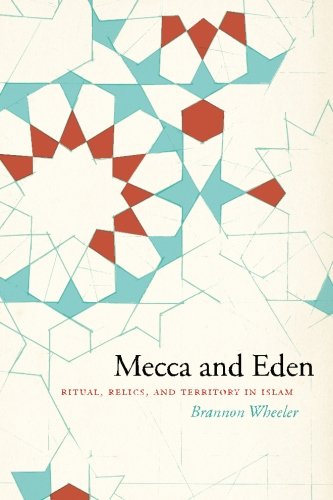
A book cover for Mecca and Eden: Ritual, Relics, and Territory in Islam; Brannon Wheeler; Religion & Spirituality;